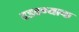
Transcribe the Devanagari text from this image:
दडवण्याचा